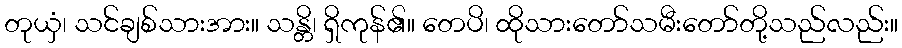
တုယှံ၊ သင်ချစ်သားအား။ သန္တိ၊ ရှိကုန်၏။ တေပိ၊ ထိုသားတော်သမီးတော်တို့သည်လည်း။